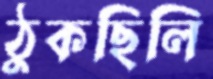
ঠুকছিলি